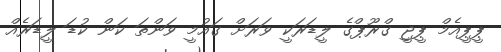
ޕީޕީއެމް ޕީޖީ ގްރޫޕްގެ ލީޑަރަކީ ވަރަށް ގައުމީ ވަންތަ ކަން ކުޑަ ލީޑަރެއް